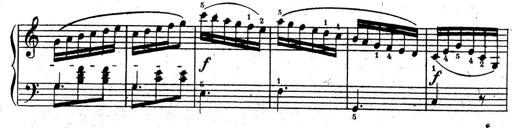
Title: 10 Sonatinas
Composer: Fritz Spindler